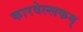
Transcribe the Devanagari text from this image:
कारवेल्लकम्‌